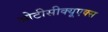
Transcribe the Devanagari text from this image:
ओटीसीक्यूएक्स